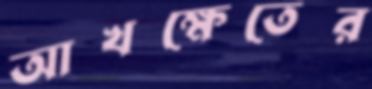
আখক্ষেতের